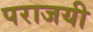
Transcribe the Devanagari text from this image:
पराजयी